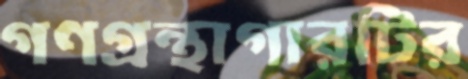
গণগ্রন্থাগারটির